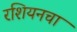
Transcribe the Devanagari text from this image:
रशियनचा